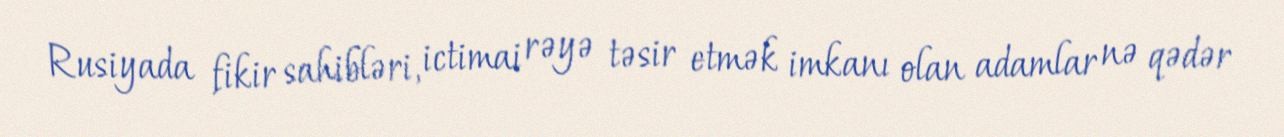
Rusiyada fikir sahibləri, ictimai rəyə təsir etmək imkanı olan adamlar nə qədər